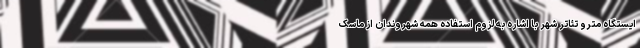
ایستگاه مترو تئاتر شهر با اشاره به لزوم استفاده همه شهروندان از ماسک